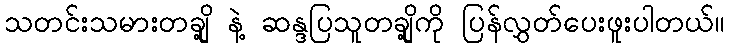
သတင်းသမားတချို့ နဲ့ ဆန္ဒပြသူတချို့ကို ပြန်လွှတ်ပေးဖူးပါတယ်။